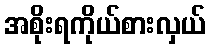
အစိုးရကိုယ်စားလှယ်